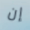
إن